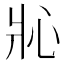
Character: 𱭎